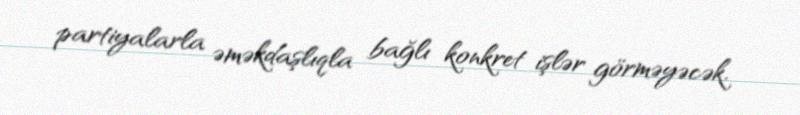
partiyalarla əməkdaşlıqla bağlı konkret işlər görməyəcək.